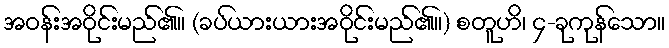
အဝန်းအဝိုင်းမည်၏။ (ခပ်ယားယားအဝိုင်းမည်၏။) စတူဟိ၊ ၄-ခုကုန်သော။